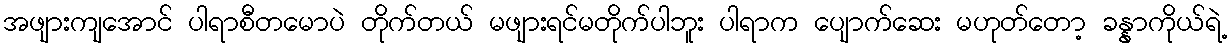
အဖျားကျအောင် ပါရာစီတမောပဲ တိုက်တယ် မဖျားရင်မတိုက်ပါဘူး ပါရာက ပျောက်ဆေး မဟုတ်တော့ ခန္နာကိုယ်ရဲ့